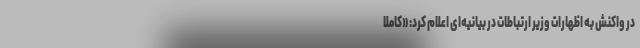
در واکنش به اظهارات وزیر ارتباطات در بیانیه‌ای اعلام کرد: «کاملاً